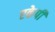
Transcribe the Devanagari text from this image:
एकेपी